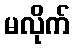
မလိုက်